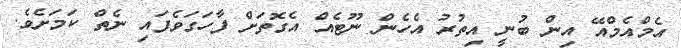
އެމްއެމްއޭ އިން ބުނީ އިތުރު އެހެން ނޫޓެއް އެގޮތަށް ފާހަގަވެފައި ނެތް ކަމަށެވެ.